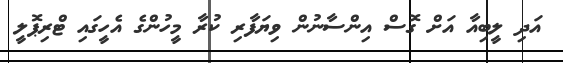
އަދި ލީބިއާ އަށް ގޮސް އިންސާނުން ވިޔަފާރި ކުރާ މީހުންގެ އެހީގައި ޓްރިޕޮލީ